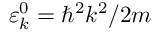
\varepsilon _ { k } ^ { 0 } = \hbar ^ { 2 } k ^ { 2 } / 2 m